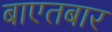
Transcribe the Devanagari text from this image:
बाएतबार